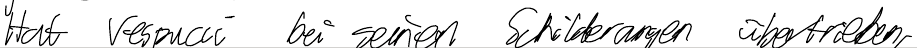
Hat Vespucci bei seinen Schilderungen übertrieben,